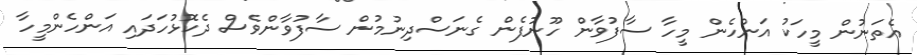
އެތަނުން މީހަކު އަންހެން މީހާ ސާފުވާން ހޫނުފެން ގެނަސްދިނުމުން ސާފުވާންވެސް ދެކޮޅުހަދައި އަންހެންމީހާ